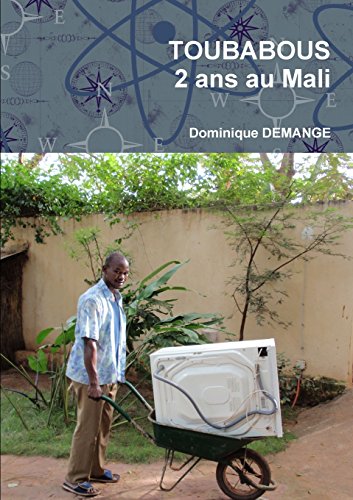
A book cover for Toubabous, 2 Ans Au Mali (French Edition); Dominique Demange; Travel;